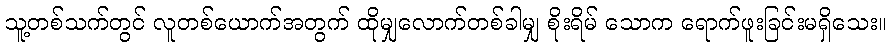
သူ့တစ်သက်တွင် လူတစ်ယောက်အတွက် ထိုမျှလောက်တစ်ခါမျှ စိုးရိမ် သောက ရောက်ဖူးခြင်းမရှိသေး။